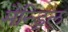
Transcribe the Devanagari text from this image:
मैन्ड्रिल